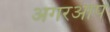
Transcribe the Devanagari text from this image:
अगरआप